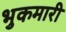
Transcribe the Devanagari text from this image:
भुकमारी